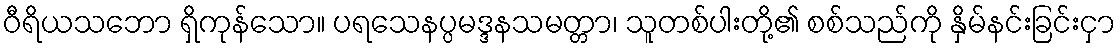
ဝီရိယသဘော ရှိကုန်သော။ ပရသေနပ္ပမဒ္ဒနသမတ္တာ၊ သူတစ်ပါးတို့၏ စစ်သည်ကို နှိမ်နင်းခြင်းငှာ